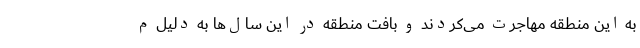
به این منطقه مهاجرت می‌کردند و بافت منطقه در این سال‌ها به دلیل م